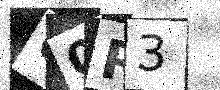
Text: U0R3